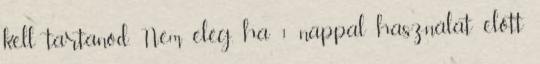
kell tartanod. Nem elég, ha 1 nappal használat előtt